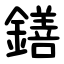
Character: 鐥